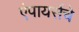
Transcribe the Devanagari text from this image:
एंपायर्सचे